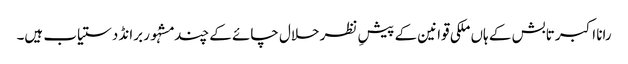
رانا اکبر تابش کے ہاں ملکی قوانین کے پیشِ نظر حلال چائے کے چند مشہُور برانڈ دستیاب ہیں۔